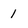
Character: 1